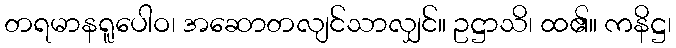
တရမာနရူပေါဝ၊ အဆောတလျင်သာလျှင်။ ဥဋ္ဌာသိ၊ ထ၏။ ကနိဋ္ဌ၊